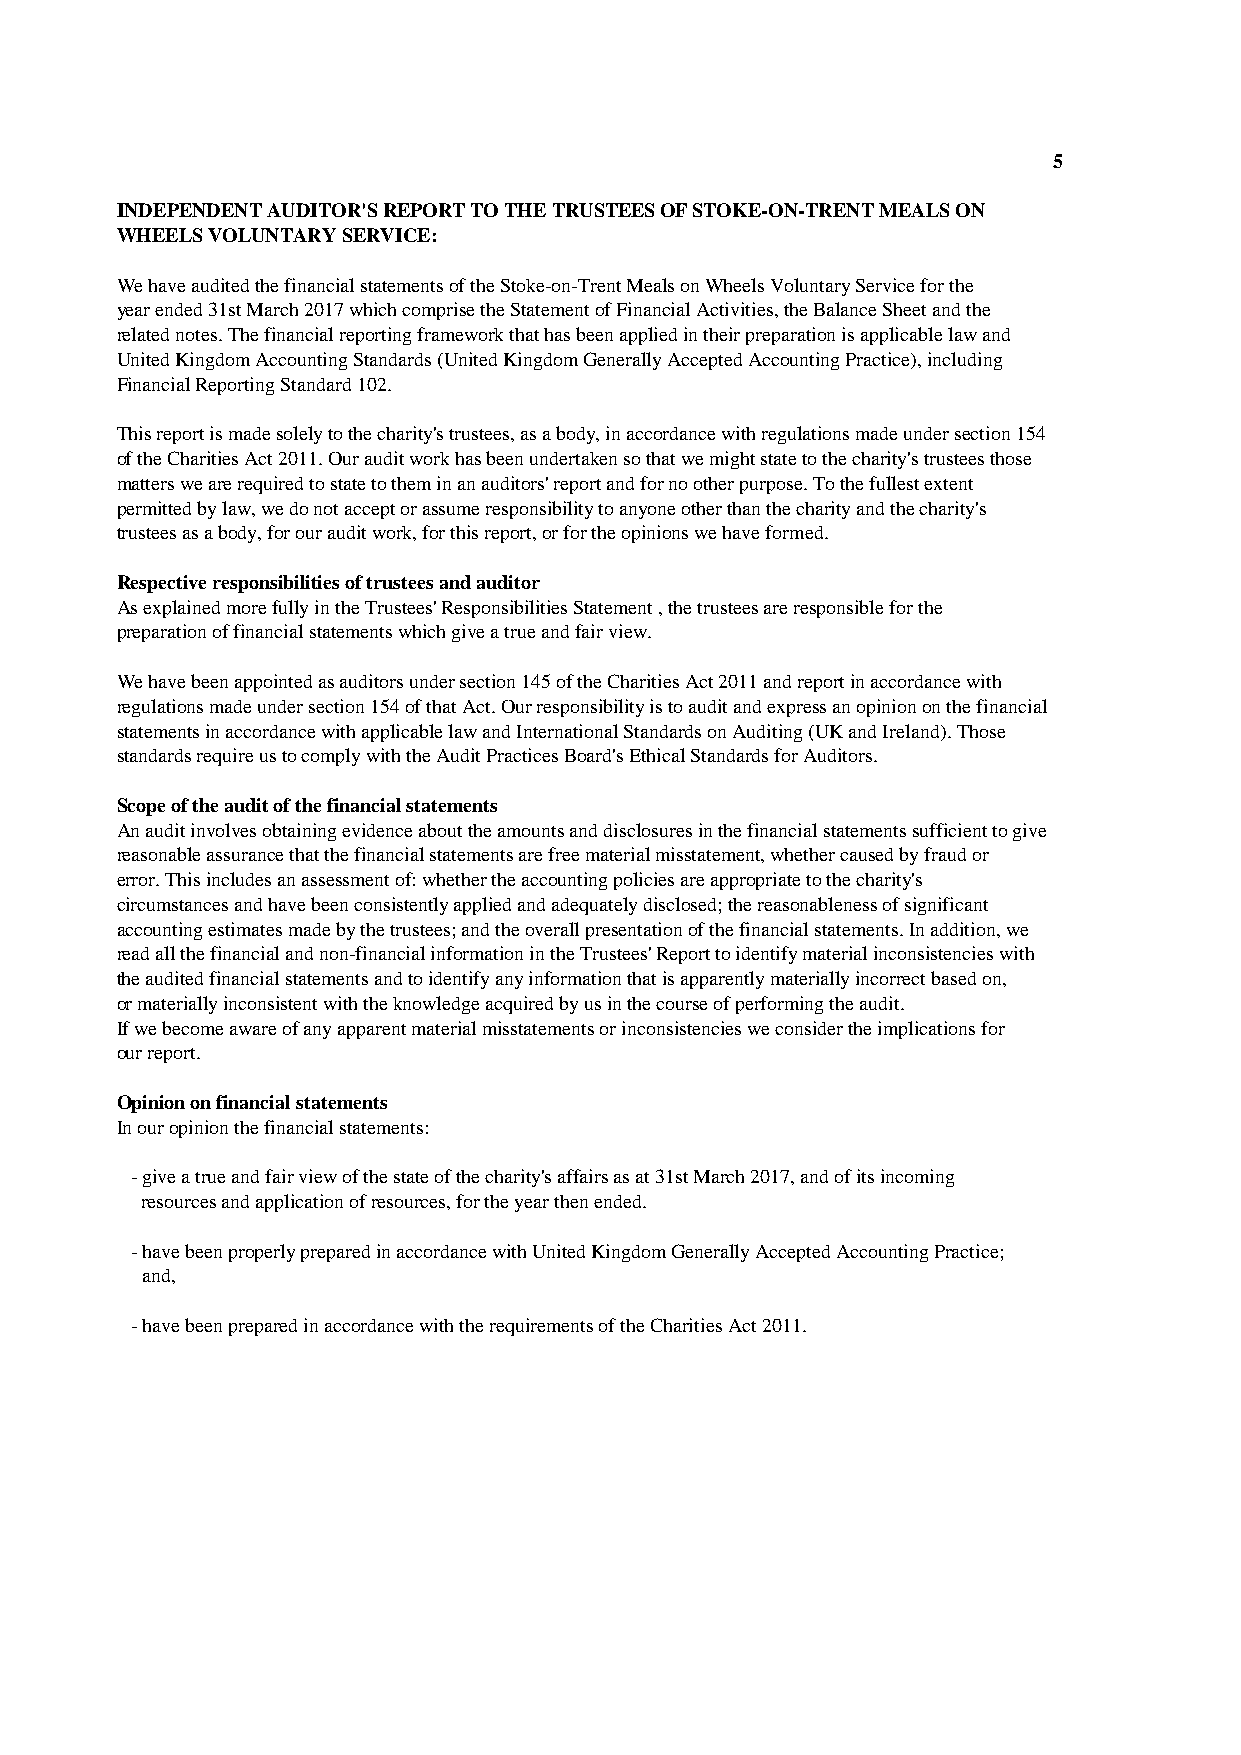
5
 INDEPENDENT AUDITOR'S REPORT TO THE TRUSTEES OF STOKE-ON-TRENT MEALS ON
 WHEELS VOLUNTARY SERVICE:
 We have audited the financial statements of the Stoke-on-Trent Meals on Wheels Voluntary Service for the
 year ended 31st March 2017 which comprise the Statement of Financial Activities, the Balance Sheet and the
 related notes. The financial reporting framework that has been applied in their preparation is applicable law and
 United Kingdom Accounting Standards (United Kingdom Generally Accepted Accounting Practice), including
 Financial Reporting Standard 102.
 This report is made solely to the charity's trustees, as a body, in accordance with regulations made under section 154
 of the Charities Act 2011. Our audit work has been undertaken so that we might state to the charity's trustees those
 matters we are required to state to them in an auditors' report and for no other purpose. To the fullest extent
 permitted by law, we do not accept or assume responsibility to anyone other than the charity and the charity's
 trustees as a body, for our audit work, for this report, or for the opinions we have formed.
 Respective responsibilities of trustees and auditor
 As explained more fully in the Trustees' Responsibilities Statement , the trustees are responsible for the
 preparation of financial statements which give a true and fair view.
 We have been appointed as auditors under section 145 of the Charities Act 2011 and report in accordance with
 regulations made under section 154 of that Act. Our responsibility is to audit and express an opinion on the financial
 statements in accordance with applicable law and International Standards on Auditing (UK and Ireland). Those
 standards require us to comply with the Audit Practices Board's Ethical Standards for Auditors.
 Scope of the audit of the financial statements
 An audit involves obtaining evidence about the amounts and disclosures in the financial statements sufficient to give
 reasonable assurance that the financial statements are free material misstatement, whether caused by fraud or
 error. This includes an assessment of: whether the accounting policies are appropriate to the charity's
 circumstances and have been consistently applied and adequately disclosed; the reasonableness of significant
 accounting estimates made by the trustees; and the overall presentation of the financial statements. In addition, we
 read all the financial and non-financial information in the Trustees' Report to identify material inconsistencies with
 the audited financial statements and to identify any information that is apparently materially incorrect based on,
 or materially inconsistent with the knowledge acquired by us in the course of performing the audit.
 If we become aware of any apparent material misstatements or inconsistencies we consider the implications for
 our report.
 Opinion on financial statements
 In our opinion the financial statements:
 - give a true and fair view of the state of the charity's affairs as at 31st March 2017, and of its incoming
 resources and application of resources, for the year then ended.
 - have been properly prepared in accordance with United Kingdom Generally Accepted Accounting Practice;
 and,
 - have been prepared in accordance with the requirements of the Charities Act 2011.